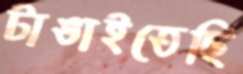
টাঙাইতেছি